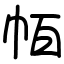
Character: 帞